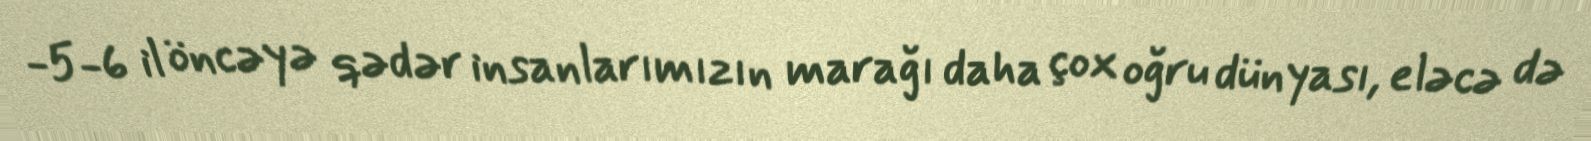
-5-6 il öncəyə qədər insanlarımızın marağı daha çox oğru dünyası, eləcə də